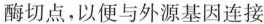
酶切点，以便与外源基因连接